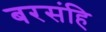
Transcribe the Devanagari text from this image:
बरसंहि